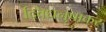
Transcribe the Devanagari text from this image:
द्विधनुषाकर